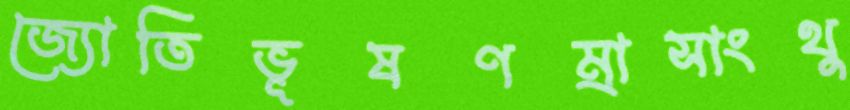
জ্যোতিভূষণম্রাসাংথু